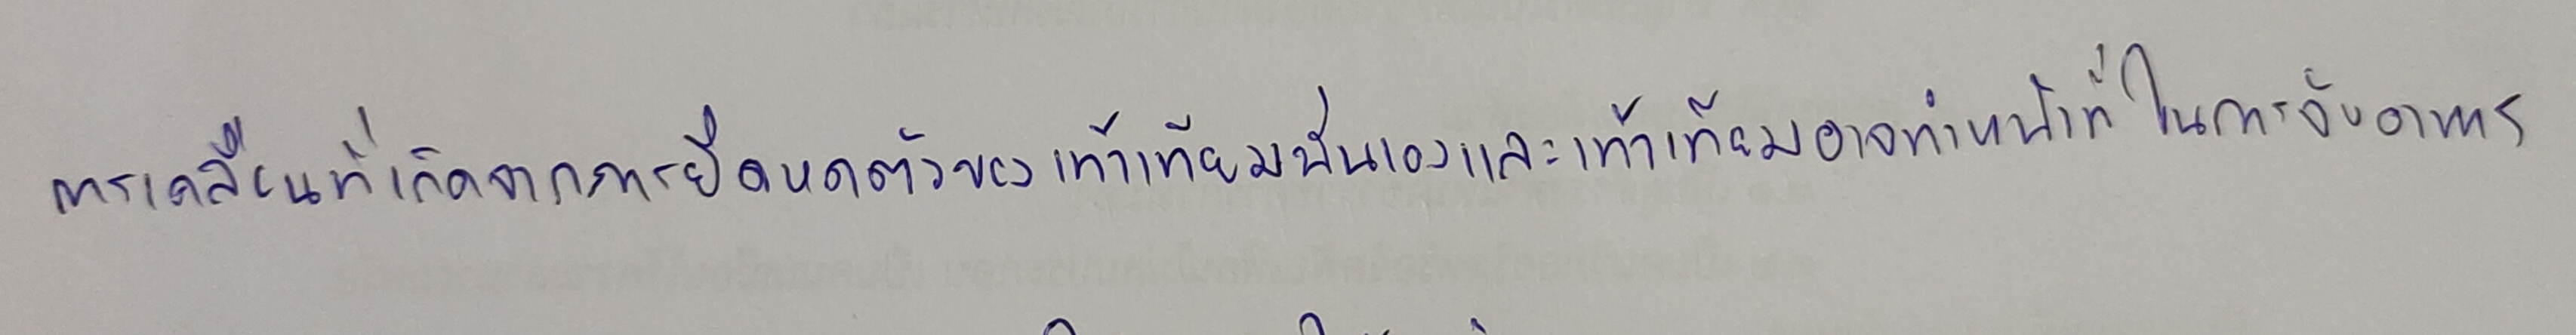
การเคลื่อนที่เกิดจากการยืดหดตัวของเท้าเทียมนั่นเองและเท้าเทียมอาจทำหน้าที่ในการจับอาหาร